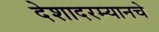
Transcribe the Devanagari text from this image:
देशादरम्यानचे